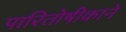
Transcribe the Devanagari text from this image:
पारितोषीकाने